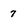
Character: 7